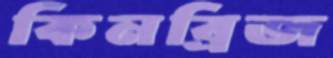
কিনব্রিজ